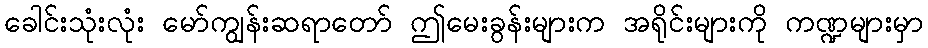
ခေါင်းသုံးလုံး မော်ကျွန်းဆရာတော် ဤမေးခွန်းများက အရိုင်းများကို ကဏ္ဍများမှာ